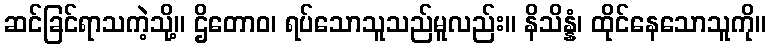
ဆင်ခြင်ရာသကဲ့သို့။ ဌိတောဝ၊ ရပ်သောသူသည်မူလည်း။ နိသိန္နံ၊ ထိုင်နေသောသူကို။